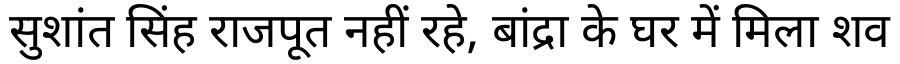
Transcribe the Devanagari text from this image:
सुशांत सिंह राजपूत नहीं रहे, बांद्रा के घर में मिला शव